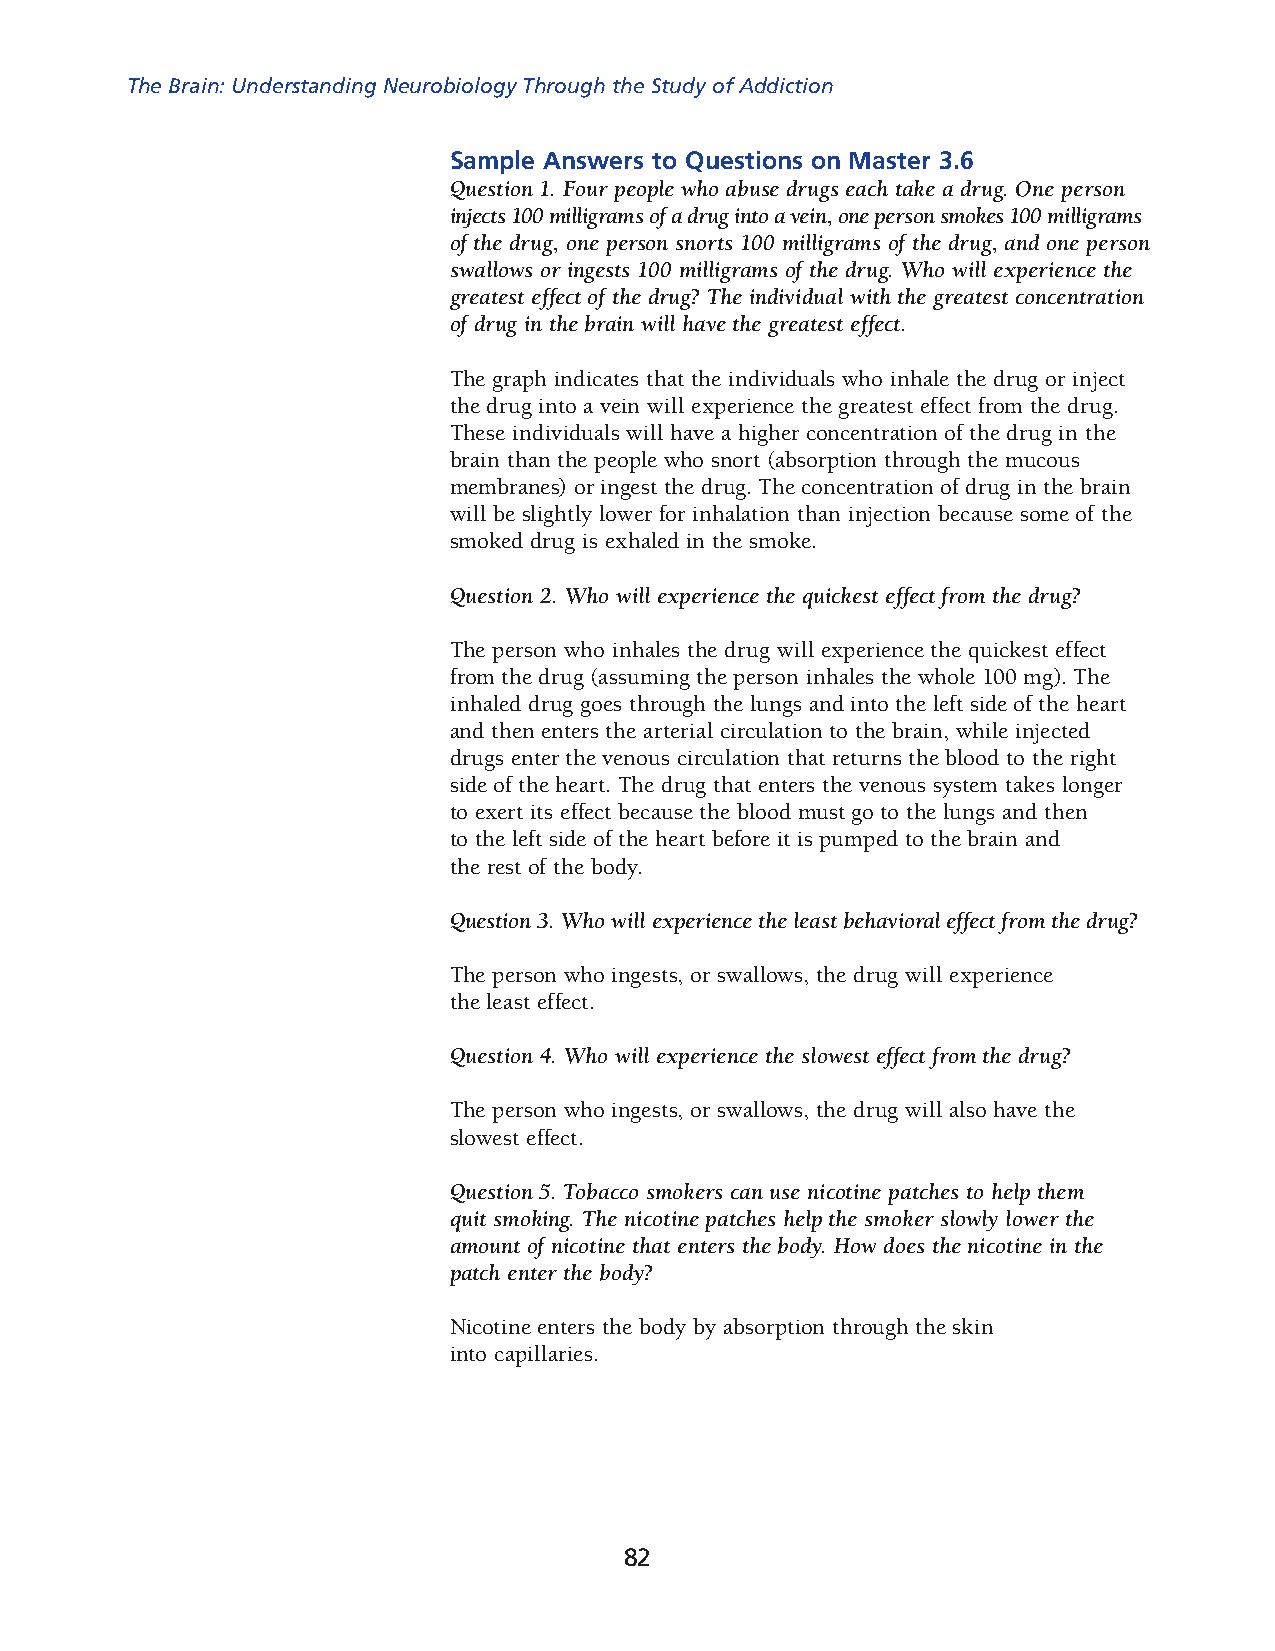
The Brain: Understanding Neurobiology Through the Study of Addiction
 Sample Answers to Questions on Master 3.6
 Question 1. Four people who abuse drugs each take a drug. One person
 injects 100 mil ligrams of a drug into a vein, one person smokes 100 milligrams
 of the drug, one person snorts 100 milligrams of the drug, and one person
 swallows or ingests 100 milligrams of the drug. Who will experience the
 great est effect of the drug? The individual with the greatest concentration
 of drug in the brain will have the greatest effect.
 The graph indicates that the individuals who inhale the drug or inject
 the drug into a vein will experience the greatest effect from the drug.
 These individuals will have a higher concentration of the drug in the
 brain than the people who snort (absorption through the mucous
 membranes) or ingest the drug. The concentration of drug in the brain
 will be slightly lower for inhalation than injection because some of the
 smoked drug is exhaled in the smoke.
 Question 2. Who will experience the quickest effect from the drug?
 The person who inhales the drug will experience the quickest effect
 from the drug (assuming the person inhales the whole 100 mg). The
 inhaled drug goes through the lungs and into the left side of the heart
 and then enters the arterial circulation to the brain, while injected
 drugs enter the venous circulation that returns the blood to the right
 side of the heart. The drug that enters the venous system takes longer
 to exert its effect because the blood must go to the lungs and then
 to the left side of the heart before it is pumped to the brain and
 the rest of the body.
 Question 3. Who will experience the least behavioral effect from the drug?
 The person who ingests, or swallows, the drug will experience
 the least effect.
 Question 4. Who will experience the slowest effect from the drug?
 The person who ingests, or swallows, the drug will also have the
 slowest effect.
 Question 5. Tobacco smokers can use nicotine patches to help them
 quit smoking. The nicotine patches help the smoker slowly lower the
 amount of nicotine that enters the body. How does the nicotine in the
 patch enter the body?
 Nicotine enters the body by absorption through the skin
 into capillaries.
 82